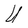
Character: U